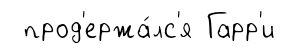
прод'ержа́лс'я Гарр'и